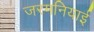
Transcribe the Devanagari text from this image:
जरमनियाई